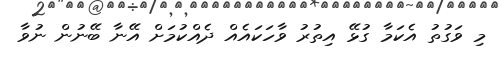
މި ވަގުތު އެކަމާ ގުޅޭ އިތުރު ވާހަކައެއް ދެއްކުމަށް އޭނާ ބޭނުން ނުވާ